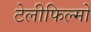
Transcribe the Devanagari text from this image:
टेलीफिल्मों